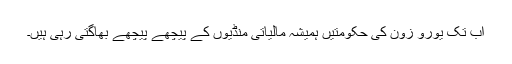
اب تک یورو زون کی حکومتیں ہمیشہ مالیاتی منڈیوں کے پیچھے پیچھے بھاگتی رہی ہیں۔